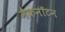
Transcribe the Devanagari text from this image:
मैकनॉटन